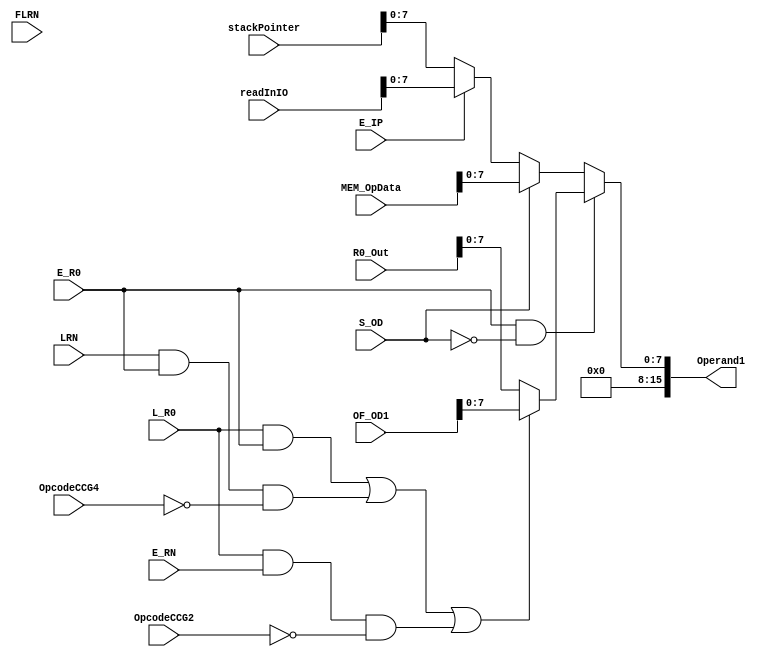
module OperandDecode1(
    output          [15:0]       Operand1,       // Output of OD1
    input 	     	[15:0] 		OF_OD1,         // Operand Forwarded value.
    input           [15:0]       R0_Out,         // input R0 value
    input           [15:0]       MEM_OpData,     // OD from Memory
    input           [15:0]       stackPointer,   // input from Stack Pointer, value at address of Stack
    input           [15:0]       readInIO,       // from IO?
    input           [2:0]       OpcodeCCG2,     // Last 3 bits of instruction currently in CCG2
    input           [2:0]       OpcodeCCG4,     // Last 3 bits of instruction currently in CCG4
    input                       E_R0,           // from CCG2
    input                       E_RN,           // from CCG2
    input                       L_R0,           // from CCG4
    input                       S_OD,           // from CCG2
    input                       E_IP,           // from CCG2
    input                       FLRN,           // from Register Flag Module (flagout2) : 4th stage?
    input                       LRN             // Load RN bit from stage 4
    );

    //wire  OFOF = ((L_R0&&E_R0) /*|| (LRN&&E_RN&&FLRN)*/|| (L_R0 && E_RN && FLRN)||(LRN && E_R0 && FLRN)); // Temp addn by pg
    wire  OFOF = ((L_R0&&E_R0)/*|| (LRN&&ERN&&FLRN)*/|| (LRN && E_R0 && (OpcodeCCG4==3'b000)/*FLRN*/)||(L_R0 && E_RN && (OpcodeCCG2==3'b000)));
    wire [7:0]im1 = (S_OD)? MEM_OpData :((E_IP)? readInIO : stackPointer );
    wire [7:0]im2 = OFOF? OF_OD1 : R0_Out; // intro by PG
    //wire [7:0]im2 = ((E_R0 & L_R0)||(E_R0 && LRN && FLRN))? OF_OD1 : R0_Out; // prasanna says no need for the ERN LR0 Case    
    assign Operand1 = ( E_R0 && ~S_OD )? im2 :im1 ; // Review Later (ER0 | ERN)
endmodule